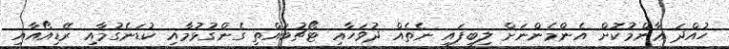
ހުއްދަ ޢާންމުކޮށް އެންމެންނަށް ލިބިފައި ނެތެއް ދުވަހާއި ޓޯޗުބައްތި ގެންގުޅުމާއި ކުޑަނެގުމާއި ރޭޑިއޯއާއި